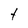
Character: t